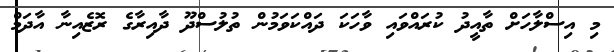
މި އިސްލާހަށް ތާއީދު ކުރައްވައި ވާހަކަ ދައްކަވަމުން ތުލުސްދޫ ދާއިރާގެ ރޮޒެއިނާ އާދަމް